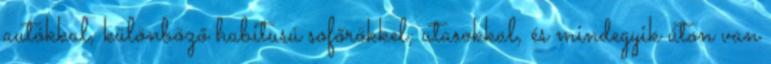
autókkal, különböző habitusú sofőrökkel, utasokkal, és mindegyik úton van